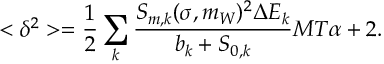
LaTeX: < \delta ^ { 2 } > = \frac { 1 } { 2 } \sum _ { k } \frac { S _ { m , k } ( \sigma , m _ { W } ) ^ { 2 } \Delta E _ { k } } { b _ { k } + S _ { 0 , k } } M T \alpha + 2 .